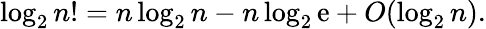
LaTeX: \log_{2}n!=n\log_{2}n-n\log_{2}\mathrm{e}+O(\log_{2}n).